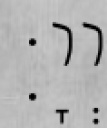
יְיָ׃